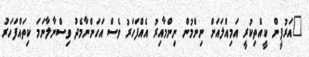
"އަރުފީން ކީއްތިކުރީ އަމިއްލައަށް ނިންމުން ނިންމާއިރު އެއްފަހަރު ވެސް އަހަންނާމެދު ވިސްނާލާނަމަ ކިތައްފަހަރު